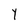
Character: Y